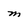
Character: M